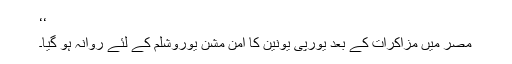
‘‘
مصر میں مزاکرات کے بعد یورپی یونین کا امن مشن یوروشلم کے لئے روانہ ہو گیا۔